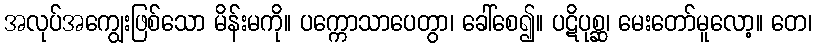
အလုပ်အကျွေးဖြစ်သော မိန်းမကို။ ပက္ကောသာပေတွာ၊ ခေါ်စေ၍။ ပဋိပုစ္ဆ၊ မေးတော်မူလော့။ တေ၊